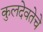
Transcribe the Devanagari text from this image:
कुलदेवतेचे